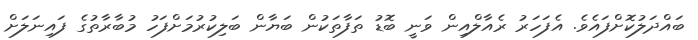
ބައްދަލުކޮށްފައެވެ. އެފަހަރު ރެއާލްއިން ވަނީ ބޮޑު ތަފާތަކުން ބަޔާން ބަލިކުރުމަށްފަހު މުބާރާތުގެ ފައިނަލަށް